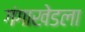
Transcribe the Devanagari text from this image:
गंगाखेडला